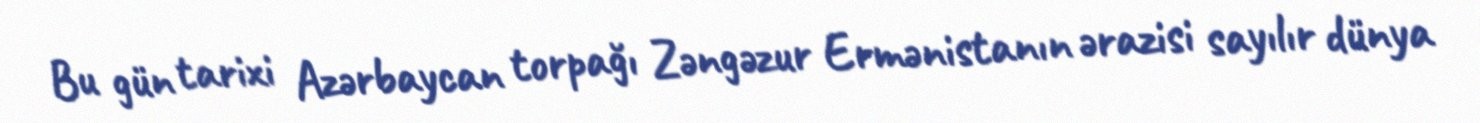
Bu gün tarixi Azərbaycan torpağı Zəngəzur Ermənistanın ərazisi sayılır dünya